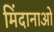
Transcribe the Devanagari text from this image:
मिंदानाओ